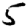
Digit: 5